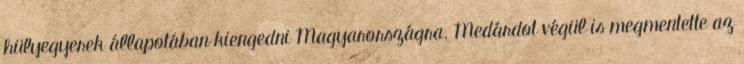
hülyegyerek állapotában kiengedni Magyarországra. Medárdot végül is megmentette az